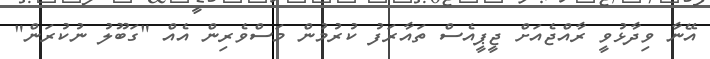
އޭނާ ވިދާޅުވީ ރާއްޖެއަށް ޖީޕީއެސް ތައާރަފު ކުރުމުން މަސްވެރިން އެއް "ގަބޫލު ނުކުރަން"